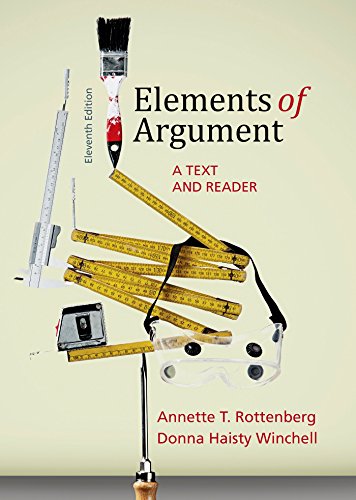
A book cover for Elements of Argument: A Text and Reader; Annette T. Rottenberg; Reference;